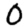
Digit: 0